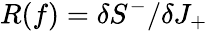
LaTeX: R(f)=\delta S^{-}/\delta J_{+}